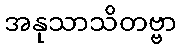
အနုသာသိတဗ္ဗာ